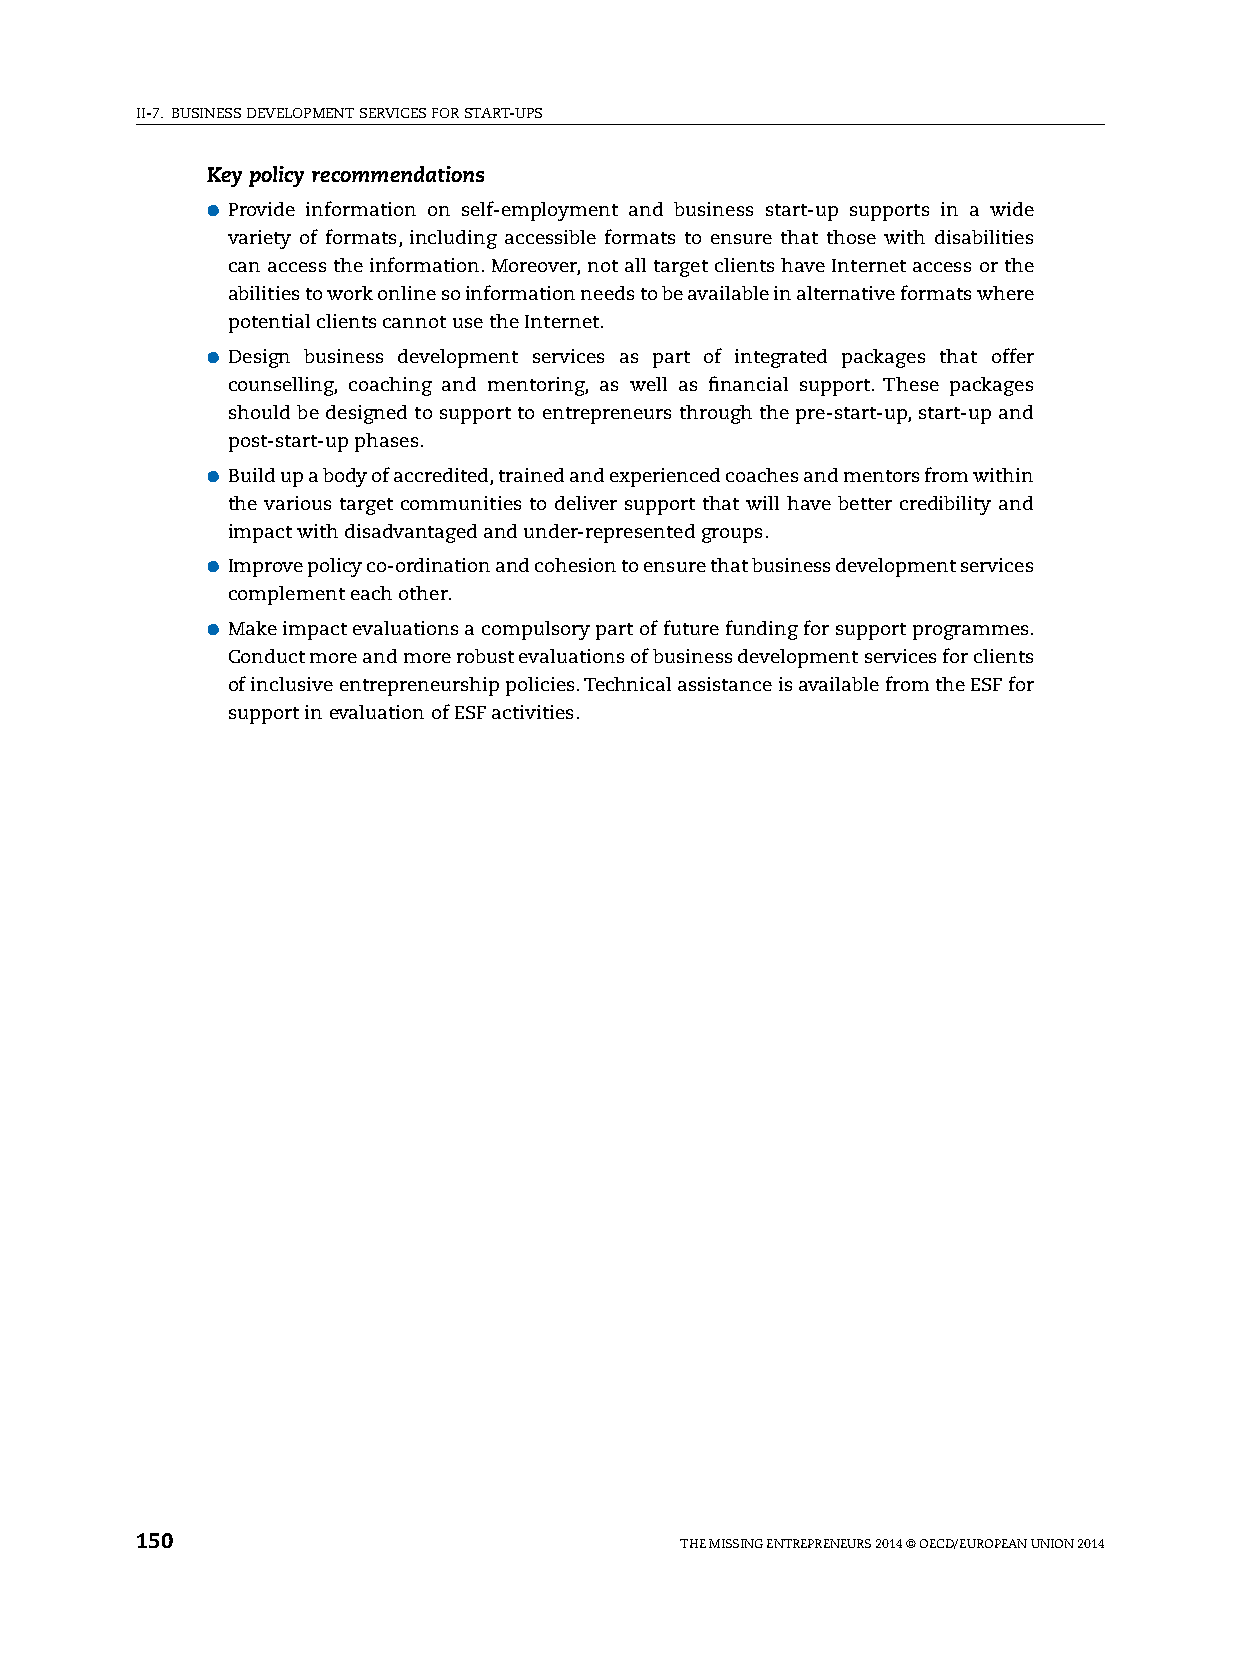
II-7. BUsINEss DEvElOpMENT sERvICEs FOR sTART-Ups
 Key policy recommendations
 ●●provide information on self-employment and business start-up supports in a wide
 variety of formats, including accessible formats to ensure that those with disabilities
 can access the information. Moreover, not all target clients have Internet access or the
 abilities to work online so information needs to be available in alternative formats where
 potential clients cannot use the Internet.
 ●●Design business development services as part of integrated packages that offer
 counselling, coaching and mentoring, as well as financial support. These packages
 should be designed to support to entrepreneurs through the pre-start-up, start-up and
 post-start-up phases.
 ●●Build up a body of accredited, trained and experienced coaches and mentors from within
 the various target communities to deliver support that will have better credibility and
 impact with disadvantaged and under-represented groups.
 ●●Improve policy co-ordination and cohesion to ensure that business development services
 complement each other.
 ●●Make impact evaluations a compulsory part of future funding for support programmes.
 Conduct more and more robust evaluations of business development services for clients
 of inclusive entrepreneurship policies. Technical assistance is available from the EsF for
 support in evaluation of EsF activities.
 150                                 ThE MIssING ENTREpRENEURs 2014 © OECD/EUROpEAN UNION 2014